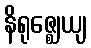
နိရုဇ္ဈေယျ